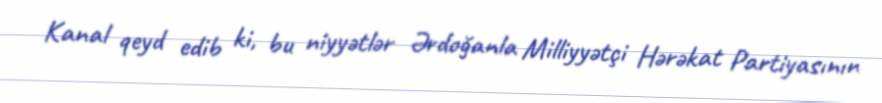
Kanal qeyd edib ki, bu niyyətlər Ərdoğanla Milliyyətçi Hərəkat Partiyasının